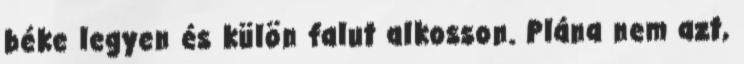
béke legyen és külön falut alkosson. Plána nem azt,